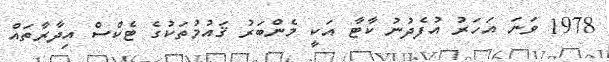
1978 ވަނަ އަހަރު އުފެދުނު ކާޓާ އަކީ މެންބަރު ޤައުމުތަކުގެ ޓެކްސް އިދާރާތައް